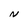
Character: N